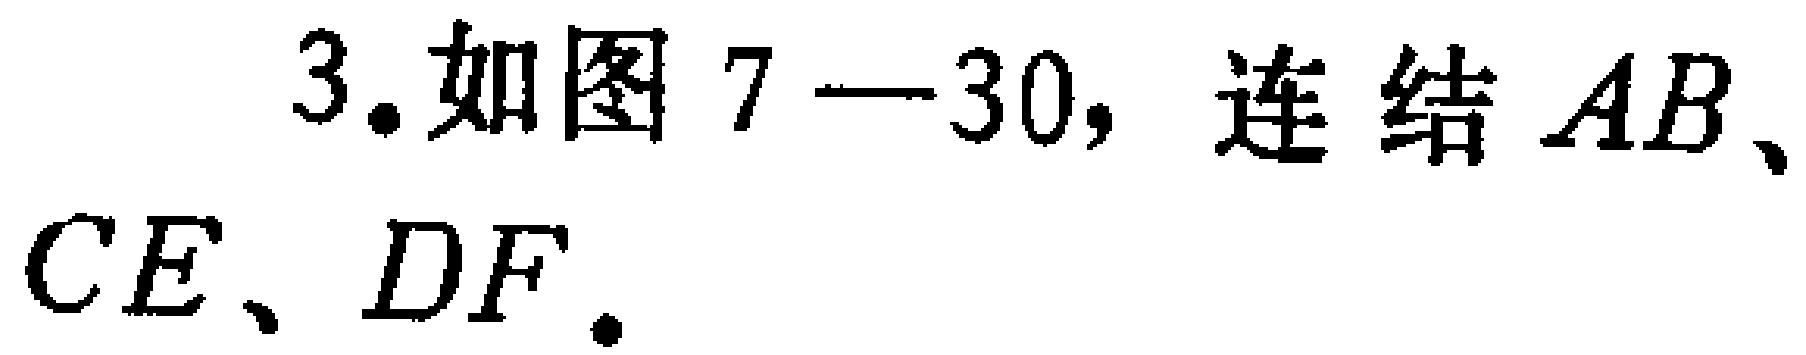
3.如图7—30，连结\(AB\)、\(CE\)、\(DF\).